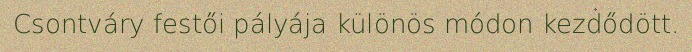
Csontváry festői pályája különös módon kezdődött.